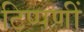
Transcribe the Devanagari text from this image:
टिप्पणीं